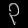
Digit: ၃